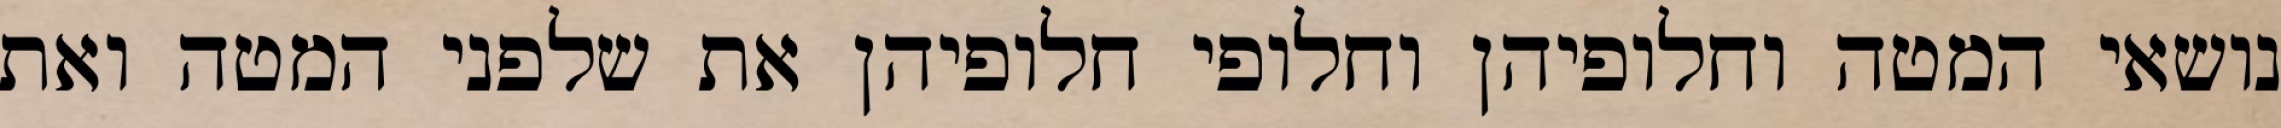
נושאי המטה וחלופיהן וחלופי חלופיהן את שלפני המטה ואת